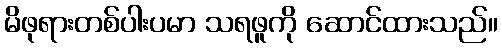
မိဖုရားတစ်ပါးပမာ သရဖူကို ဆောင်ထားသည်။